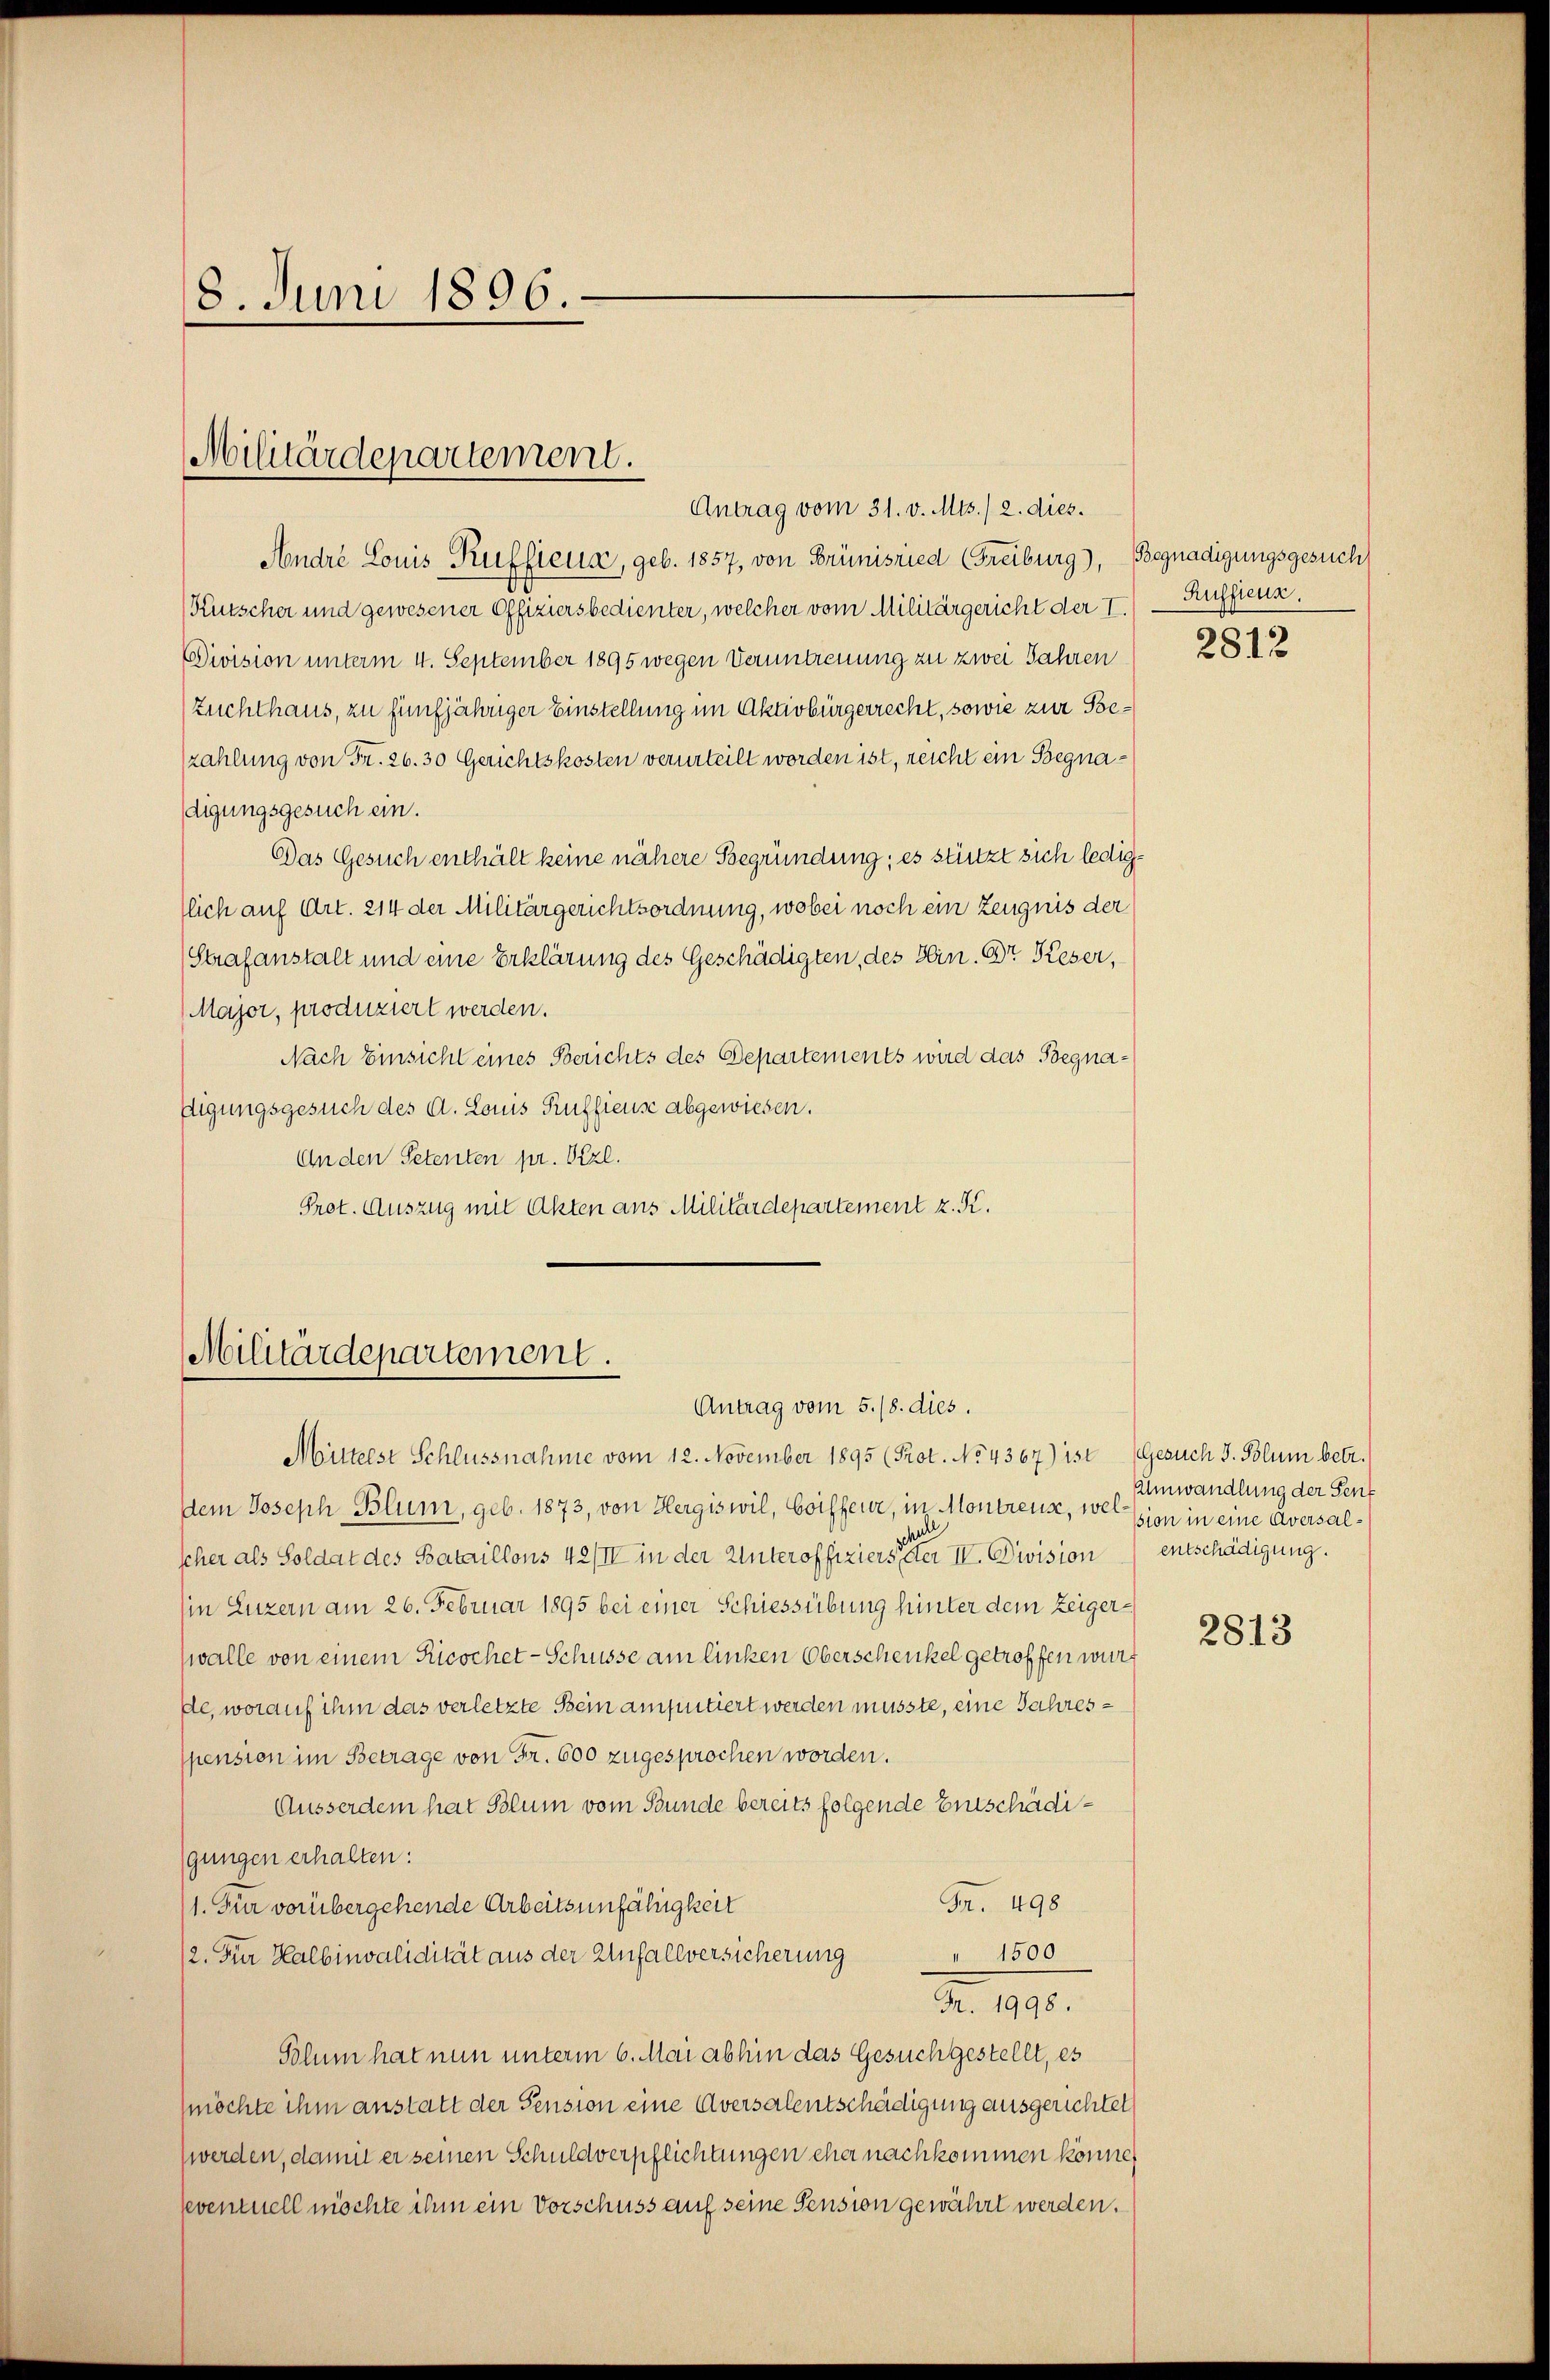
8. Juni 1896

André Louis Rufficus, geb. 1857, von Brünisried (Freiburg), Begnadigungsgesuch,
Kutscher und gewesener Offiziersbedienter, welcher vom Militärgericht der I.) Ruffieux,
Division unterm 4. September 1895 wegen Veruntreuung zu zwei Jahren
Zuchthaus, zu fünfjähriger Einstellung im Aktivbürgerrecht, sowie zur Bezahlung von Fr. 26. 30 Gerichtskosten verurteilt worden ist, reicht ein Begnadigungsgesuch ein.
Das Gesuch enthält keine nähere Begründung; es stützt sich lediglich auf Art. 214 der Militärgerichtsordnung, wobei noch ein Zeugnis der
Strafanstalt und eine Erklärung des Geschädigten, des Hein. Dr Keser,
Major, produziert werden.
Nach Einsicht eines Berichts des Departements wird das Begnadigungsgesuch des A. Louis Ruffieuse abgewiesen.
An den Petenten pr. Przl.
Prot. Auszug mit Akten aus Militärdepartement z. K.

Militärdepartement.
Antrag vom 31. v. Mts. / 2. dies.

Militärdepartement.
Antrag vom 5./8. dies.

Mütterst Schlussnahme vom 12. November 1895 (Prot. No 4367) ist (Gesuch J. Polum betr.
Dem Joseph Blum, geb. 1873, von Hergiswil, Coiffeur, in Montreuse, welsion in eine Aversalscher als Soldat des Bataillons 42/II in der Unteroffizierseiter II. Division entschädigung.
Ein Luzern am 26. Februar 1895 bei einer Schiessübung hinter dem Zeigerwalle von einem Ricochet - Schüsse am linken Oberschenkel getroffen wurde, worauf ihm das verletzte Bein amputiert werden musste, eine Jahrespension im Betrage von Fr. 600 zugesprochen worden.
Ausserden hat Blum vom Bunde bereits folgende Entschädigungen erhalten:
Fr. 498
1. Für vorübergehende Arbeitsunfähigkeit
" 1500
12. Für Halbinvalidität aus der Anfallversicherung
No. 1890.
Polum hat nun unterm 6. Mai abhin das Gesuch gestellt, es
(möchte ihm anstatt der Pension eine Aversalentschädigung ausgerichtet
werden, damit er seinen Schuldverpflichtungen eher nachkommen könne,
eventuell möchte ihm ein Vorschuss auf seine Pension gewährt werden.

2812

Umwandlung der Sent

2813